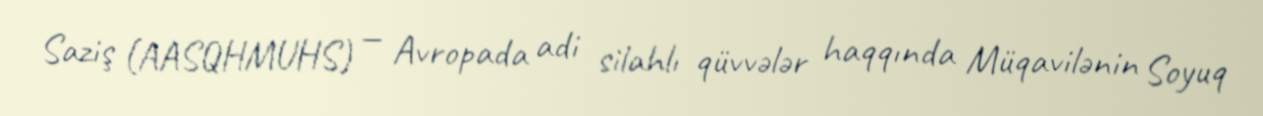
Saziş (AASQHMUHS) — Avropada adi silahlı qüvvələr haqqında Müqavilənin Soyuq